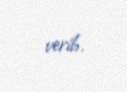
verib.